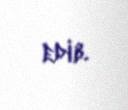
edib.